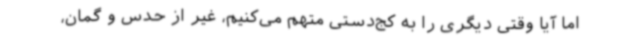
اما آیا وقتی دیگری را به کج‌دستی متهم می‌کنیم، غیر از حدس و گمان،